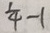
\frac { 1 } { 4 } - 1